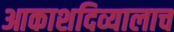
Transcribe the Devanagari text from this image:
आकाशदिव्यालाच